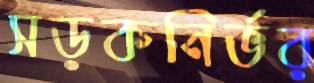
সড়কনির্ভর